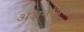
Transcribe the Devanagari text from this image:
अजनबियों